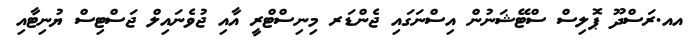
އއ.ރަސްދޫ ޕޮލިސް ސްޓޭޝަނުން އިސްނަގައި ޖެންޑަރ މިނިސްޓްރީ އާއި ޖުވެނައިލް ޖަސްޓިސް ޔުނިޓާއި